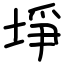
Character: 埩